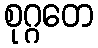
စုဂ္ဂတေ